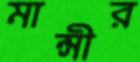
মান্সীর